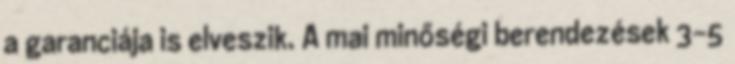
a garanciája is elveszik. A mai minőségi berendezések 3-5